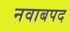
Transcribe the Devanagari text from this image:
नवाबपद